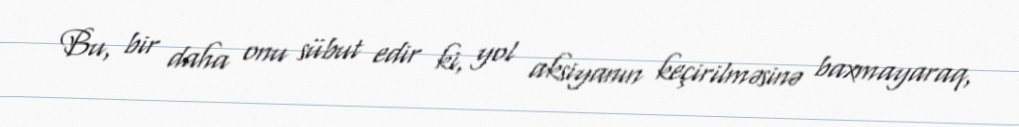
Bu, bir daha onu sübut edir ki, yol aksiyanın keçirilməsinə baxmayaraq,